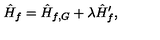
\hat { H } _ { f } = \hat { H } _ { f , G } + \lambda \hat { H } _ { f } ^ { \prime } ,